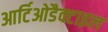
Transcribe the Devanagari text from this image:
आर्टिओडैक्टाइल